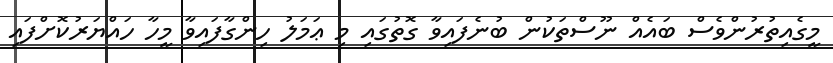
މީގެއިތުރުންވެސް ބައެއް ނޫސްތަކުން ބުނެފައިވާ ގޮތުގައި މި ޢަމަލު ހިންގާފައިވާ މީހާ ހައްޔަރުކޮށްފައި